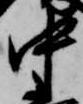
中